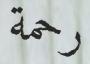
رحمة